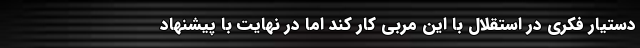
دستیار فکری در استقلال با این مربی کار کند اما در نهایت با پیشنهاد